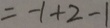
= - 1 + 2 - 1